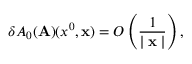
\delta A _ { 0 } ( { \bf A } ) ( x ^ { 0 } , { \bf x } ) = O \left( \frac { 1 } { \mid { \bf x } \mid } \right) ,